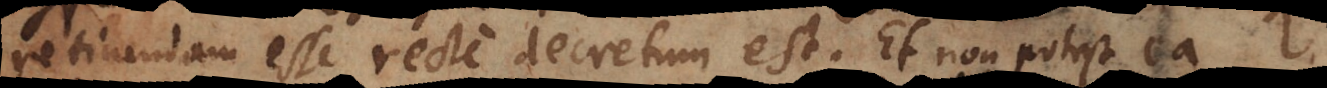
retinendam esse recte decretum est. Et non potest ea